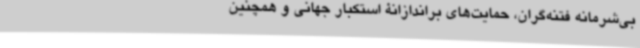
بی‌شرمانه فتنه‌گران، حمایت‌های براندازانۀ استکبار جهانی و همچنین